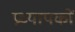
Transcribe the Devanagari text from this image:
प्रध्यापकों